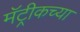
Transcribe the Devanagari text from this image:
मॅट्रीकच्या